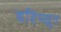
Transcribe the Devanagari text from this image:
बहिष्ख्रुत